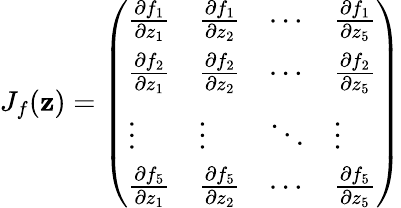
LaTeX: {J}_{f}({\mathbf z})=\left(\begin{array}{llll}{\frac{\partial f_{1}}{\partial z_{1}}}&{\frac{\partial f_{1}}{\partial z_{2}}}&{\cdots}&{\frac{\partial f_{1}}{\partial z_{5}}}\\ {\frac{\partial f_{2}}{\partial z_{1}}}&{\frac{\partial f_{2}}{\partial z_{2}}}&{\cdots}&{\frac{\partial f_{2}}{\partial z_{5}}}\\ {\vdots}&{\vdots}&{\ddots}&{\vdots}\\ {\frac{\partial f_{5}}{\partial z_{1}}}&{\frac{\partial f_{5}}{\partial z_{2}}}&{\cdots}&{\frac{\partial f_{5}}{\partial z_{5}}}\end{array}\right)